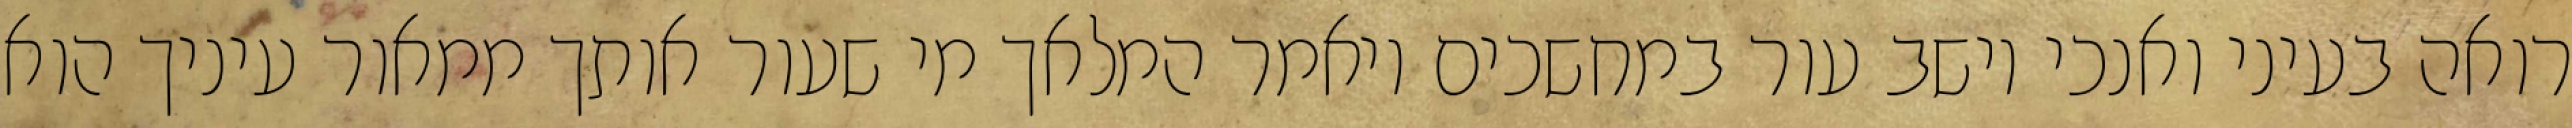
רואה בעיני ואנכי יושב עור במחשכים ויאמר המלאך מי שעור אותך ממאור עיניך הוא